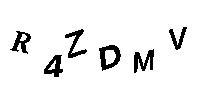
R4ZDMV